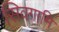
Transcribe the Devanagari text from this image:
सिवगामि